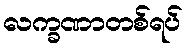
လက္ခဏာတစ်ရပ်